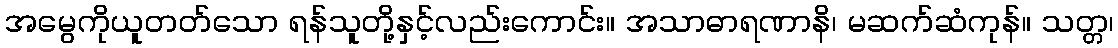
အမွေကိုယူတတ်သော ရန်သူတို့နှင့်လည်းကောင်း။ အသာဓာရဏာနိ၊ မဆက်ဆံကုန်။ သတ္တ၊